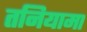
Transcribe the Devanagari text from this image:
तनियामा